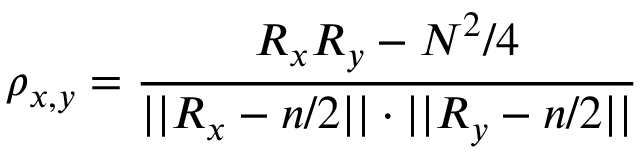
\rho _ { x , y } = \frac { R _ { x } R _ { y } - N ^ { 2 } / 4 } { | | R _ { x } - n / 2 | | \cdot | | R _ { y } - n / 2 | | }